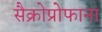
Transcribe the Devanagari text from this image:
सैक्रोप्रोफाना